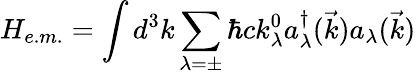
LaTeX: H_{e.m.}=\int d^{3}k\sum_{\lambda=\pm}\hbar ck_{\lambda}^{0}a_{\lambda}^{\dagger}(\vec{k})a_{\lambda}(\vec{k})